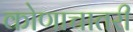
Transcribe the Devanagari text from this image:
कोणाचातरी